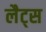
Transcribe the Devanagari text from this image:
लैट्स